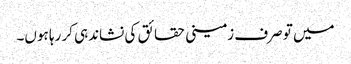
میں تو صرف زمینی حقائق کی نشاندہی کر رہا ہوں۔